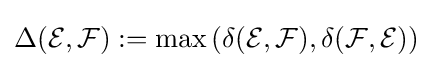
\Delta ({\mathcal {E}},{\mathcal {F}}):=\operatorname {max} \left(\delta ({\mathcal {E}},{\mathcal {F}}),\delta ({\mathcal {F}},{\mathcal {E}})\right)